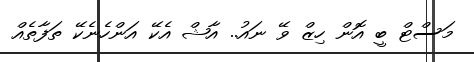
މަސްޓް ބީ އޮން ހިޒް ވޭ ނައު.. އާޝް އެކޭ އަންހެނެކޭ ތަފާތެއް